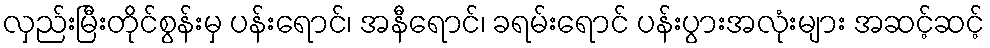
လှည်းမြီးတိုင်စွန်းမှ ပန်းရောင်၊ အနီရောင်၊ ခရမ်းရောင် ပန်းပွားအလုံးများ အဆင့်ဆင့်